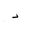
Letter: _dal